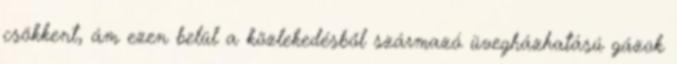
csökkent, ám ezen belül a közlekedésből származó üvegházhatású gázok